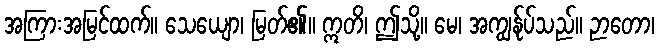
အကြားအမြင်ထက်။ သေယျော၊ မြတ်၏။ ဣတိ၊ ဤသို့။ မေ၊ အကျွန်ုပ်သည်။ ဉာတော၊